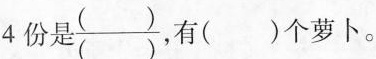
4份是\frac{()}{()}，有()个萝卜。